Statistical return of the lunatic asylum in Assam - 1912-1932
Year: 1912
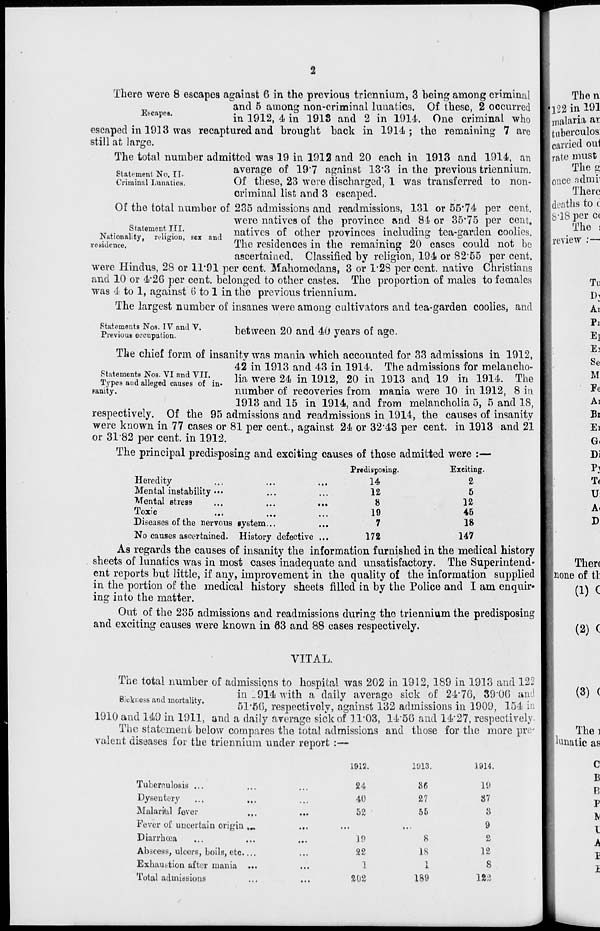
There were 8 escapes against 6 in the previous triennium, 3 being among criminal
and 5 among non-criminal lunatics. Of these, 2 occurred
Eacapoa.
^ -^-^ ^ ^ lQ18 ^ g ^ j^
Qne
criminal wh()
escaped in 1913 was recaptured and brought back in 1914; the remaining 7 are
still at large.
The total number admitted was 19 in 1912 and 20 each in 1913 and 1914, an
statement No II
average of 197 against 13*3 in the previous triennium.
Criminal Lunatics.
Of these, 23 were discharged, 1 was transferred to non-
criminal list and 3 escaped.
Of the total number of 235 admissions and readmissions, 131 or 55*74 per cent.
were natives of the province and 84 or 35*75 per cent.
natives of other provinces including tea-garden coolies.
The residences in the remaining 20 cases could not be
ascertained. Classified by religion, 194 or 82*55 per cent.
were Hindus, 28 or 11*91 per cent. Mahomedans, 3 or 1*28 per cent, native Christians
and 10 or 4*20 per cent, belonged to other castes. The proportion of males to females
was 4 to 1, against 6 to 1 in the previous triennium.
The largest number of insanes wero among cultivators and tea-garden coolies, and
Statement III.
Nationality, religion, sex and
residence.
Statements Nos. IV and V.
Previous occupation.
between 20 and 40 years of age.
The chief form of insanity was mania which accounted for 33 admissions in 1912,
42 in 1913 and 43 in 1914. The admissions for melancho-
T^-^.d V Lul V "-in. Ha were 24 in 1912, 20 in 1913 and 19 in 1911 The
sanity.
number of recoveries from mama were 10 in 1912, 8 in
1913 and 15 in 1914, and from melancholia 5, 5 and 18,
respectively. Of the 95 admissions and readmissions in 1914, the causes of insanity
were known in 77 cases or 81 per cent., against 24 or 32*43 per cent, in 1913 and 21
or 31 82 per cent, in 1912.
The principal predisposing and exciting causes of those admitted were :—
Predisposing.
Exeiting.
Heredity
...
...
...
14
Mental instability •••
...
...
12
Mental stress
...
...
...
8
Toxie
...
...
...
19
Diseases of the nervous system...
...
7
No causes ascertained. History defective ...
172
As regards the causes of insanity the information furnished in the medical history
sheets of lunatics was in most cases inadequate and unsatisfactory. The Superintend-
ent reports but little, if any, improvement in the quality of the information supplied
in the portion of the medical history sheets filled in by the Police and I am enquir-
ing into the matter.
Out of the 235 admissions and readmissions during the triennium the predisposing
and exciting causes were known in 63 and 88 cases respectively.
2
5
12
45
18
147
VITAL.
The total number of admissions to hospital was 202 in 1912, 189 in 1913 and 122
Bxkness and mortai't
in _ 914 with a daily average sick of 24*70, 39*00 and
mor a 1 y.
51-50, respectively, against 132 admissions in 1909, 154 in
1910 and 149 in 1911, and a daily average sick of 11*03, 14*56 and 14*27, respectively.
The statement below compares the total admissions and those for the more pre-
valent diseases for the triennium under report :—
Tuberculosis ...
Dysentery ...
Malari'al fever
Fever of uncertain origin ...
Diarrhcea
Abscess, ulcers, boils, etc
Exhaustion after mania ...
Total admissions
1912.
24
40
52
19
22
1
202
11)13.
86
27
55
8
IS
i
I
189
1914.
19
87
3
9
2
12
8
1*3